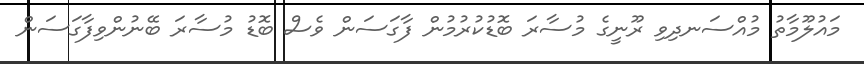
މައުލޫމާތު މުއްސަނދިވި ރޫނީގެ މުސާރަ ބޮޑުކުރުމުން ފާގަސަން ވެސް ބޮޑު މުސާރަ ބޭނުންވިފާގަސަން